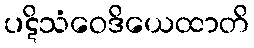
ပဋိသံဝေဒိယေထာတိ